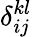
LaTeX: \delta_{ij}^{kl}